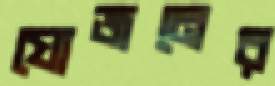
যোজনের